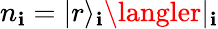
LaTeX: n_{\mathbf{i}}=|r\rangle_{\mathbf{i}}\langler|_{\mathbf{i}}